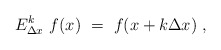
\begin{align*}E_{\Delta x }^k \ f(x) \ = \ f(x+k \Delta x )\ ,\end{align*}